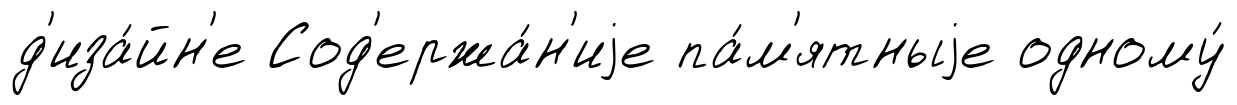
д'иза́йн'е Сод'ержа́н'иjе па́м'ятныjе одному́